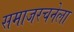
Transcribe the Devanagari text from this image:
समाजरचनेला